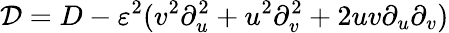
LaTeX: \mathcal{D}=D-\varepsilon^{2}(v^{2}\partial_{u}^{2}+u^{2}\partial_{v}^{2}+2uv\partial_{u}\partial_{v})